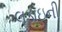
લડાઇની